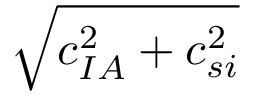
\sqrt { c _ { I A } ^ { 2 } + c _ { s i } ^ { 2 } }